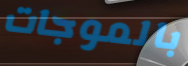
بالموجات